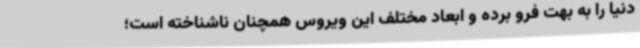
دنیا را به بهت فرو برده و ابعاد مختلف این ویروس همچنان ناشناخته است؛